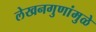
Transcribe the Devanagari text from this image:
लेखनगुणांमुळे